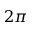
2 \pi